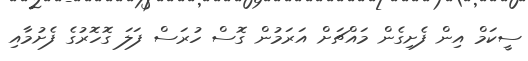
ސީކަމް އިން ފެށިގެން މައްޗަށް އަރަމުން ގޮސް ހުރަސް ފަލަ ގޮހޮރުގެ ފެށުމާއި